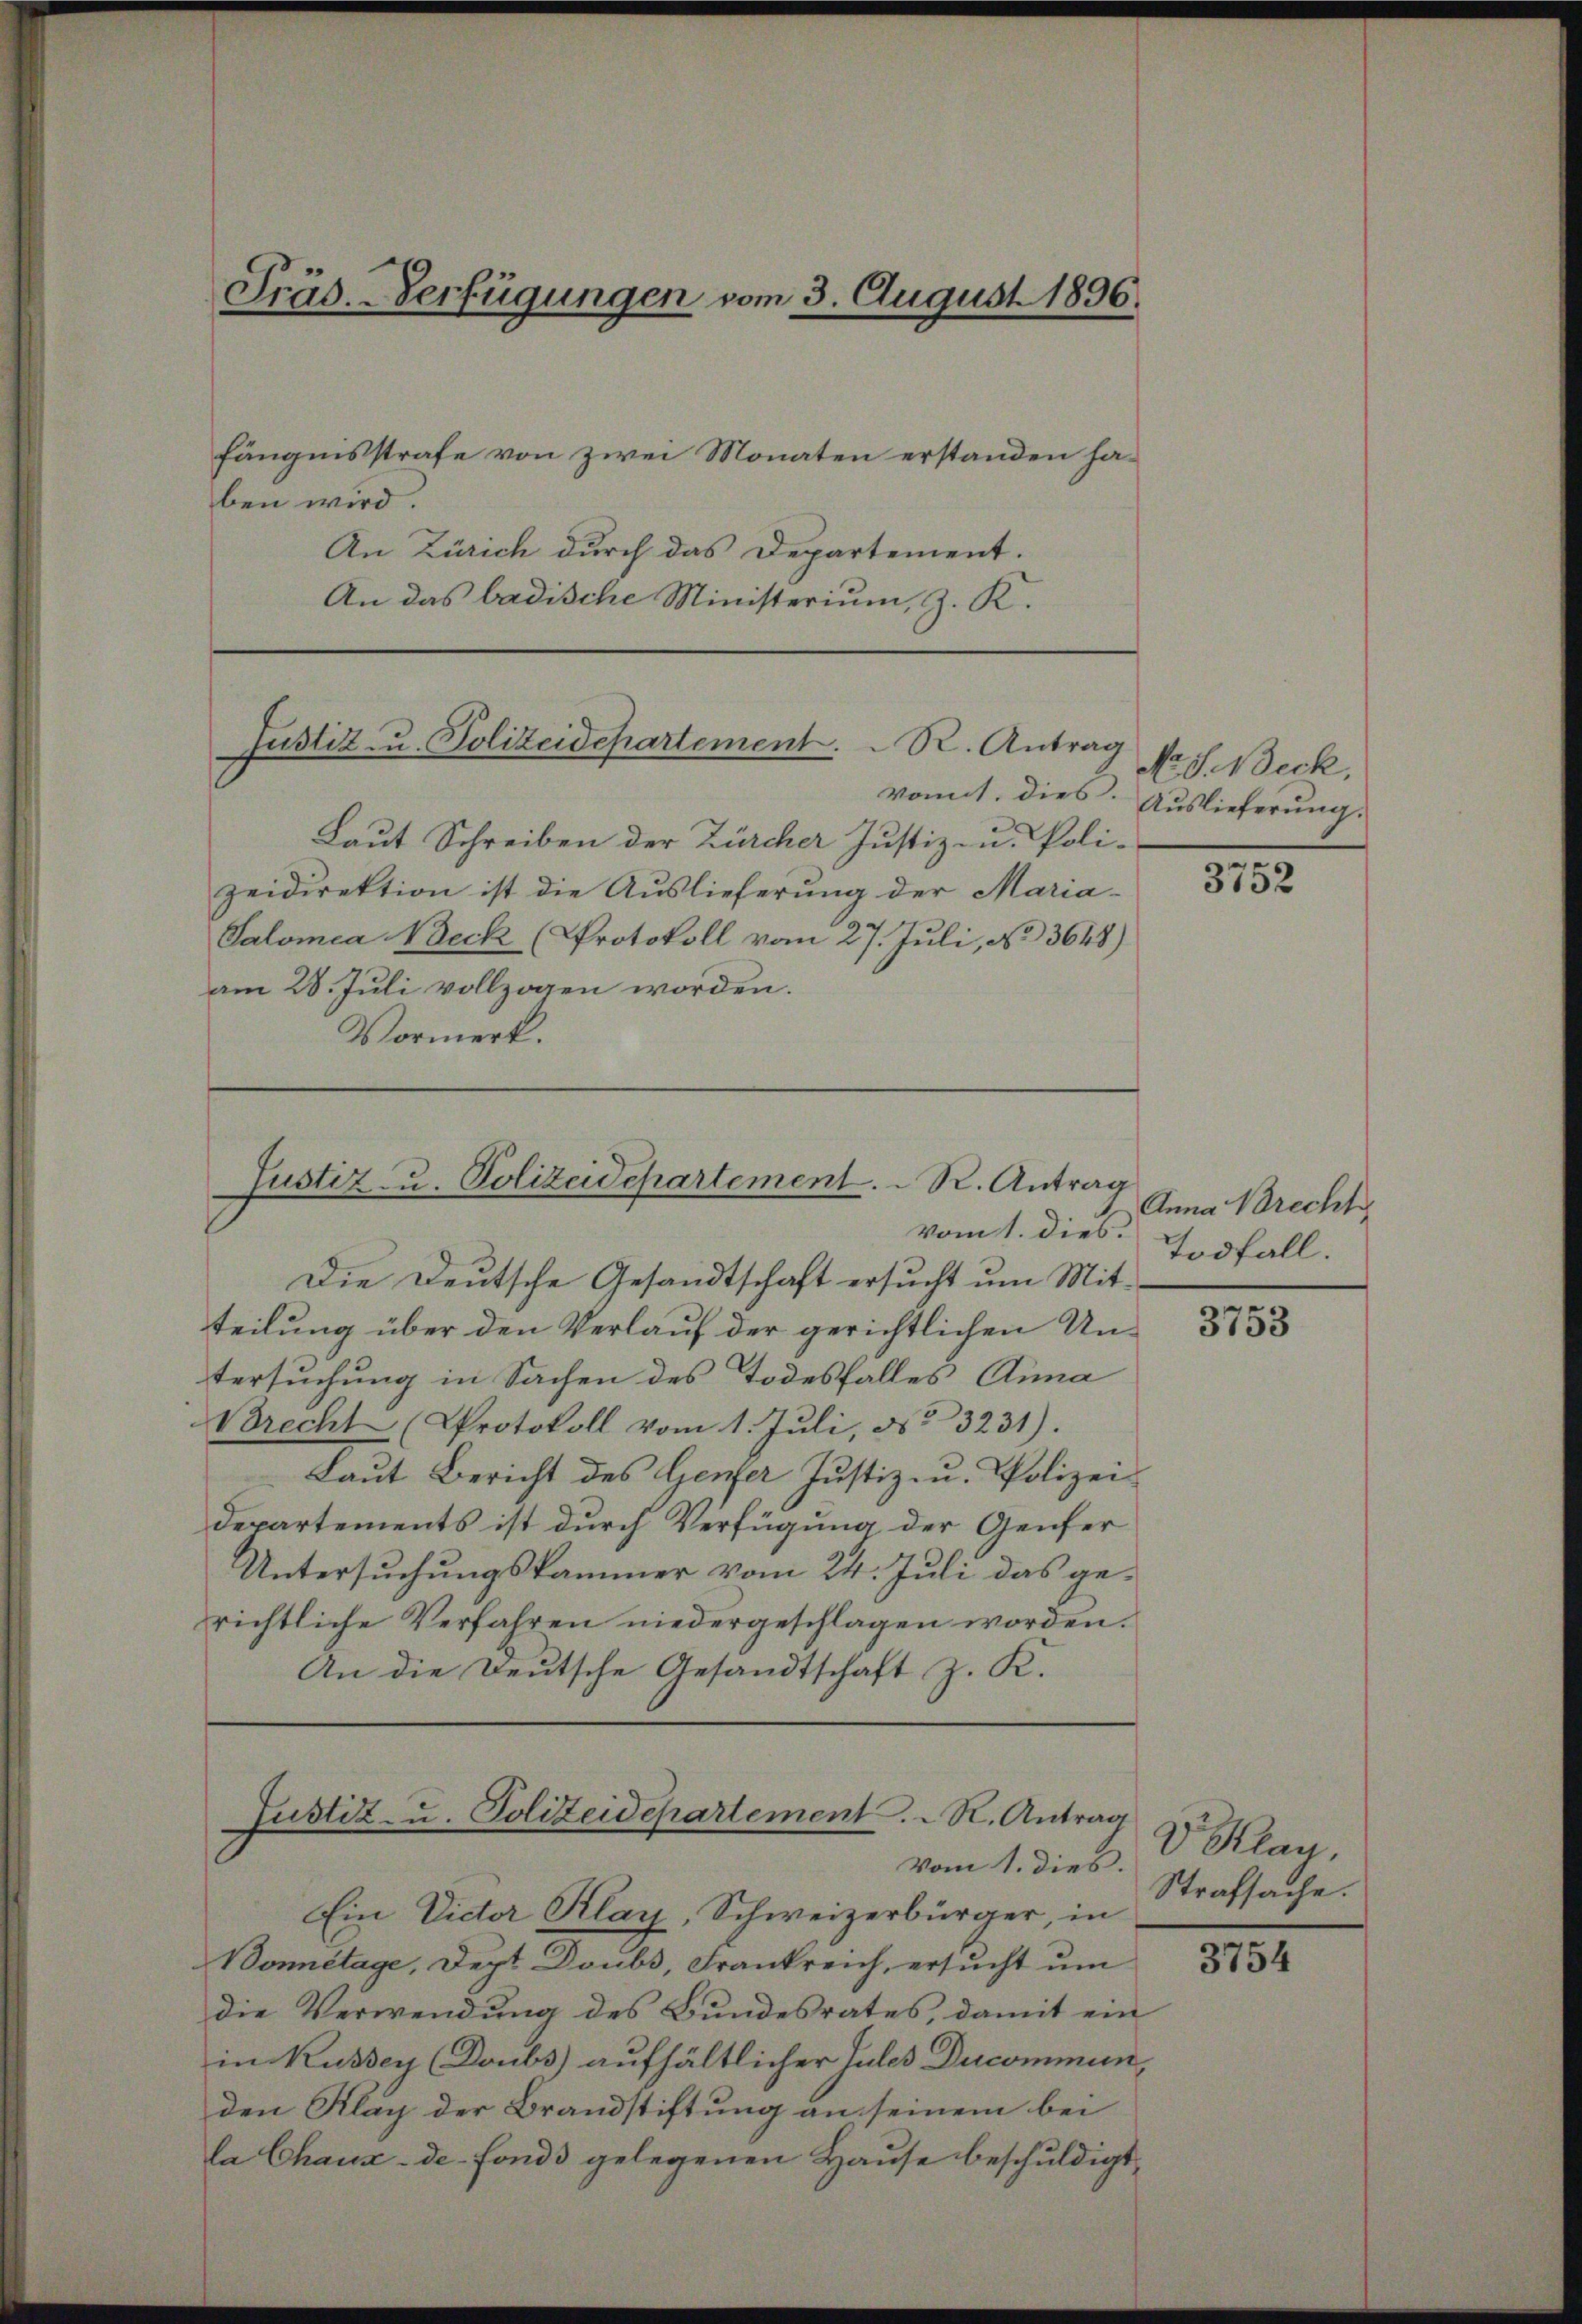
fängnisstrafe von zwei Monaten erstanden haben wird.
An Zürich durch das Departement.
An das badische Ministerium, z. K.

Präs. Verfügungen vom 3. August 1896.

Justiz u. Polizeidepartement. R. Antrag

Justiz u. Polizeidepartement. R. Antrag
vom 1. dies

vont, dies.
Laut Schreiben der Zürcher Justiz- u. Poli-
zeidirektion ist die Auslieferung der Maria-
Salomea Boeck (Protokoll vom 27. Juli, No 3648)
am 28. Juli vollzogen worden.
Vormerk.

Die Deutsche Gesandtschaft ersucht um Mitteilung über den Verlauf der gerichtlichen Un-
tersuchung in Sachen des Todesfalles Anna
Brecht (Protokoll vom 1. Jŭli, No 3231).
Laut Bericht des Genfer Justiz- u. Polizei
Departements ist durch Verfügung der Genfer
Untersuchungskammer vom 24. Juli das gerichtliche Verfahren niedergeschlagen worden.
An die Deutsche Gesandtschaft z. K.

Justiz- u. Polizeidepartement. K. Antrag
vom 1. dies.

Ein Dider Klay, Schweizerbürger, in
Bonetage, Dept Doubs, Frankreich, ersucht um
die Verwendung des Bundesrates, damit ein
in Kussey (Doubs) aufhältlicher Tules Ducommun,
den Klag der Brandstiftung an seinem bei
la Chaux-de-Fonds gelegenen Hause beschuldigt,

No S. Beck,
Auslieferung.

3752

Anna Berecht
Todfall.

3753

V. Klan.
Strafsache.

3754